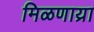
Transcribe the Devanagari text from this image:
मिळणाय्रा